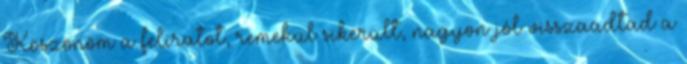
Köszönöm a feliratot, remekül sikerült, nagyon jól visszaadtad a